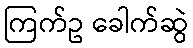
ကြက်ဥ ခေါက်ဆွဲ